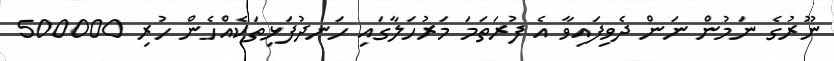
ނޫރުގެ ނަމުން ނަން ދެވިފައިވާ އެ ފުރަތަމަ މަރުހަލާގައި ހަނދުފަޅިތަކެއްހެން ހުރި 500000